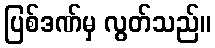
ပြစ်ဒဏ်မှ လွတ်သည်။